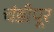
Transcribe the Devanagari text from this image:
चंडीपूर